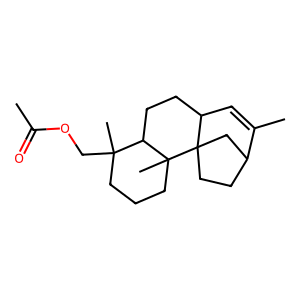
SMILES: CC(=O)OCC1(C)CCCC2(C)C1CCC1C=C(C)C3CCC12C3
Inhibits HIV replication: No